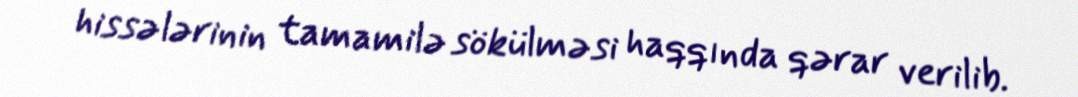
hissələrinin tamamilə sökülməsi haqqında qərar verilib.